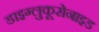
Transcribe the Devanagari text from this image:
डाइग्लुकूरोनाइड